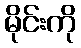
မိုင်းကို